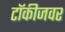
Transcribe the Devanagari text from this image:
टॉकीजवर